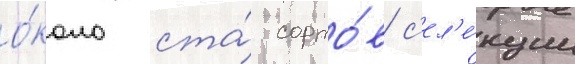
о́коло ста́ сорто́в с'ел'е́кции